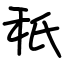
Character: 秖